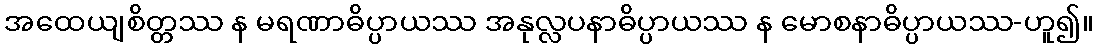
အထေယျစိတ္တဿ န မရဏာဓိပ္ပာယဿ အနုလ္လပနာဓိပ္ပာယဿ န မောစနာဓိပ္ပာယဿ-ဟူ၍။